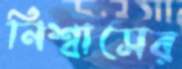
নিশ্বাসের